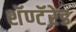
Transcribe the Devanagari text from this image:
शॅण्टॅऱेड